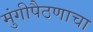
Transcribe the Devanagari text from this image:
मुंगीपैठणाचा